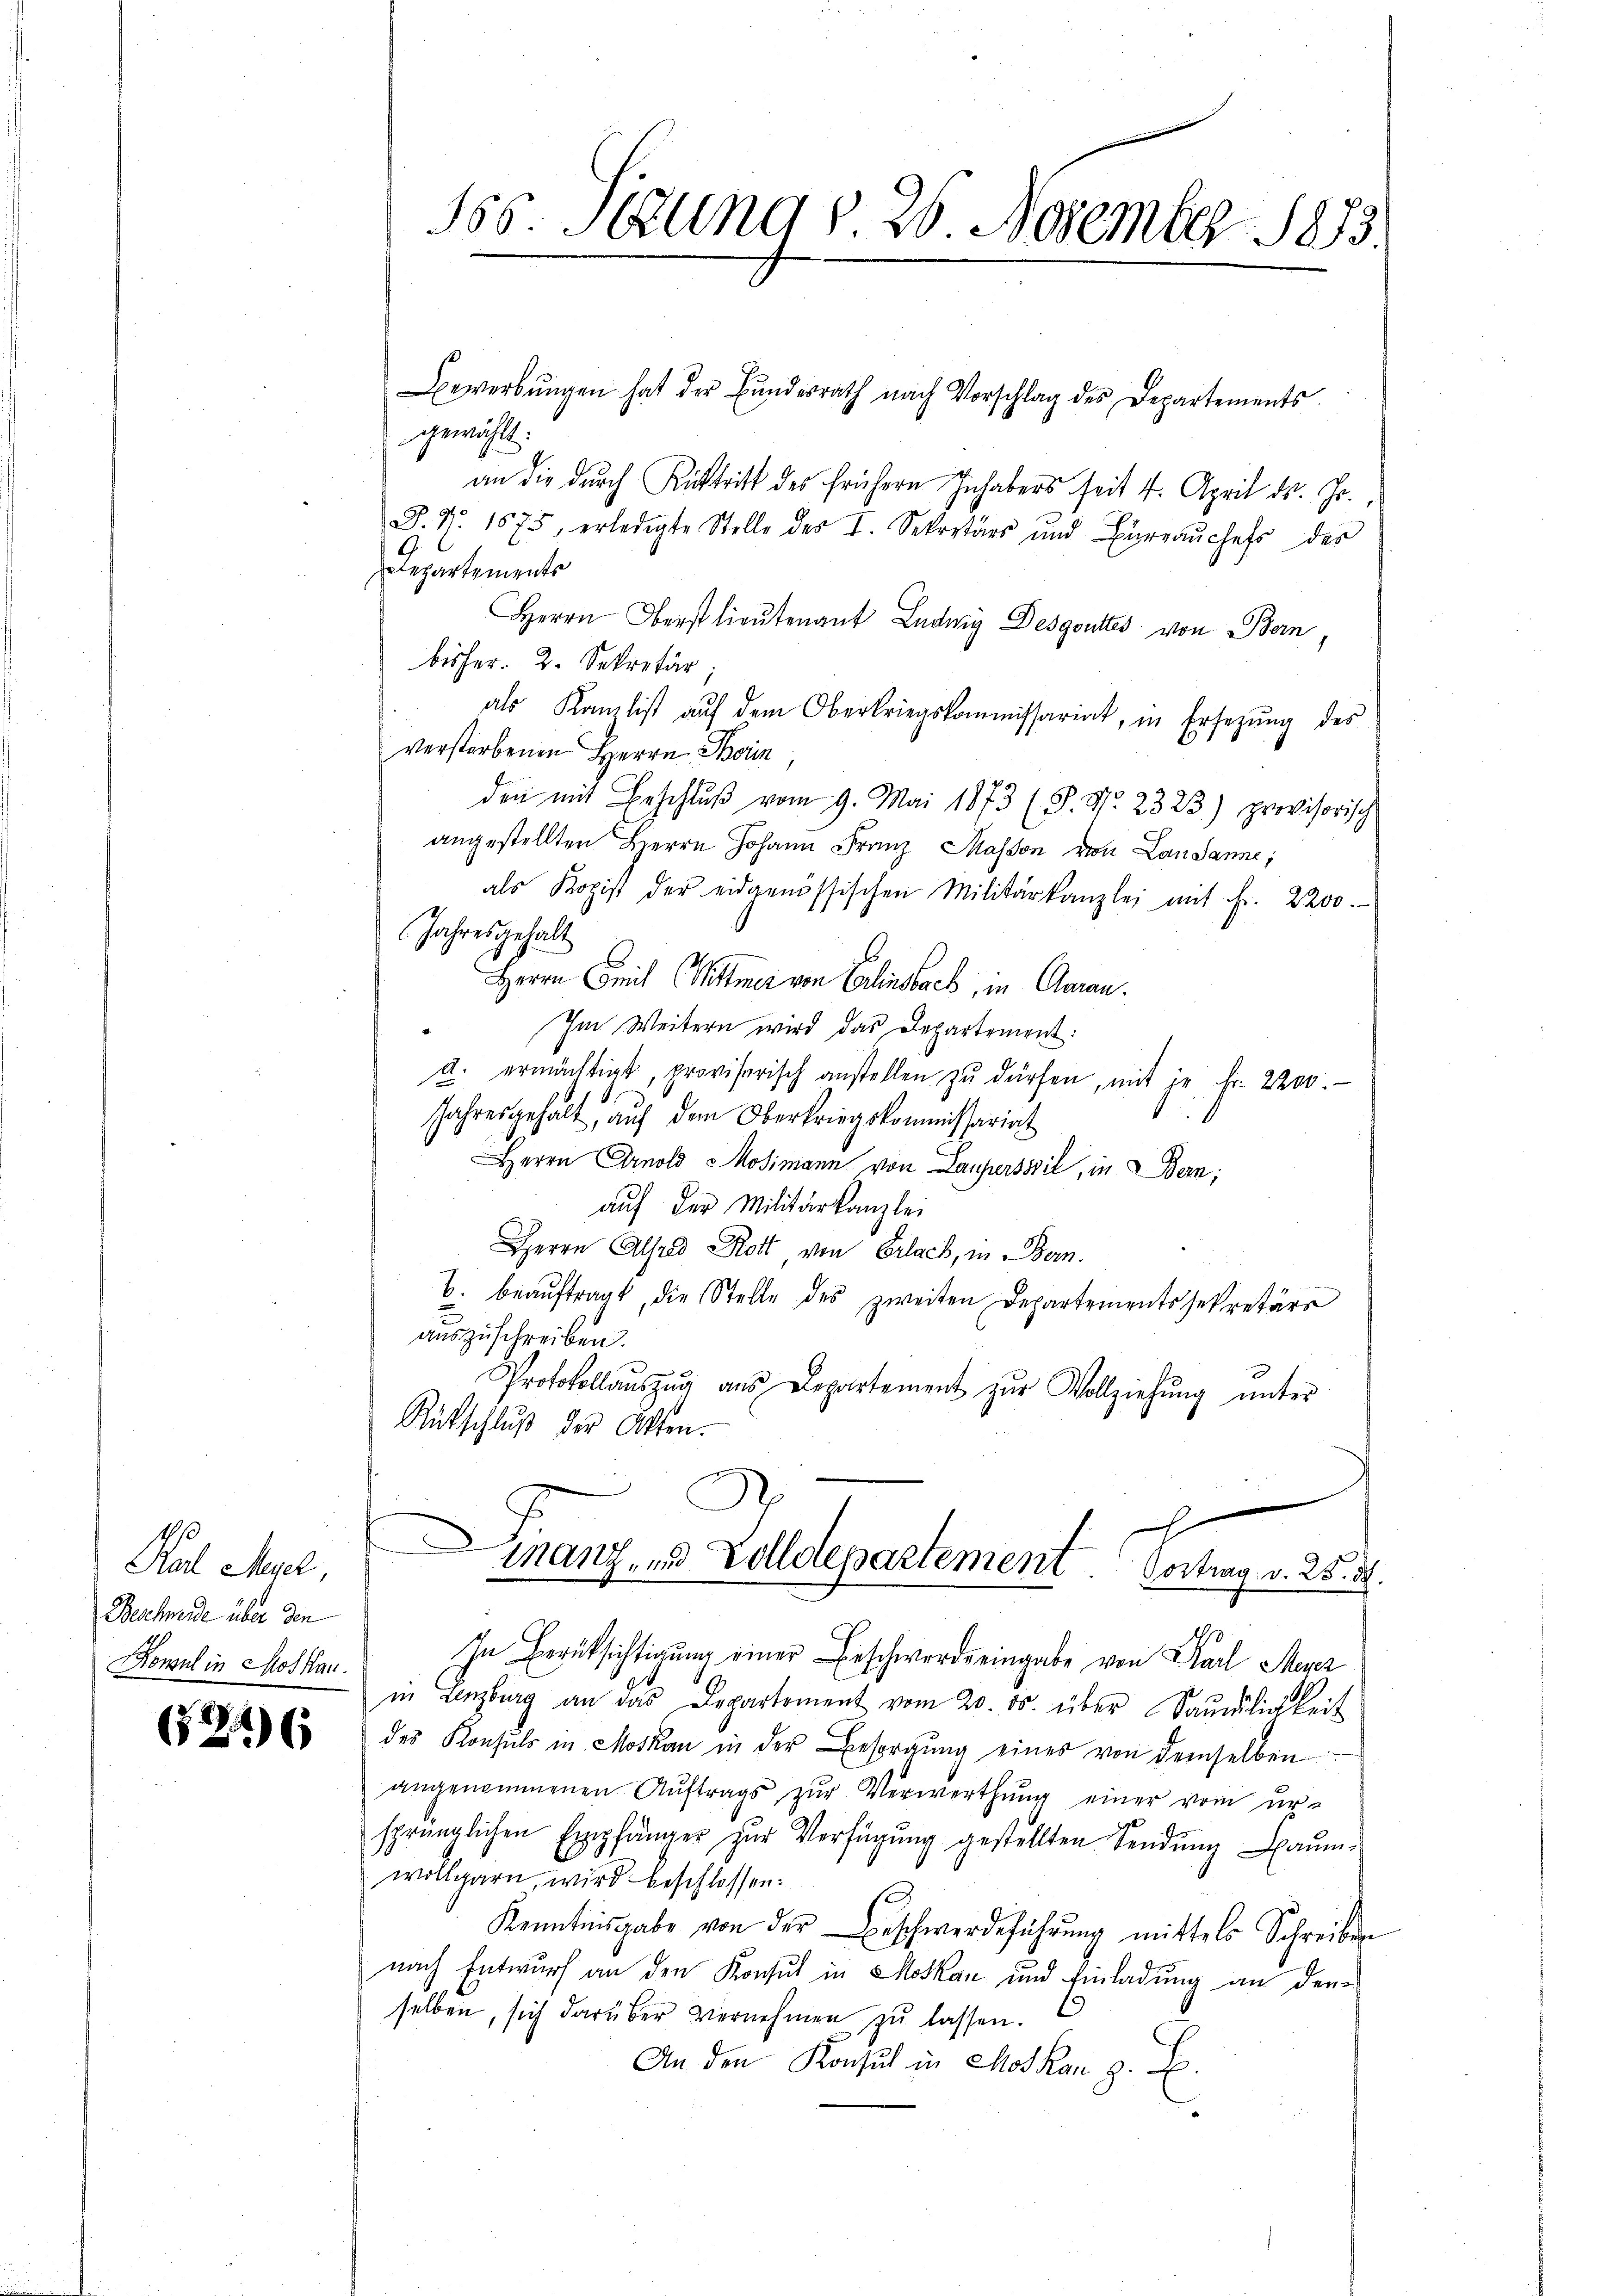
Karl Mal
Beschneide über den
Konsul in Moskau

624) (

Bewerbŭngen hat der Bŭndesrath nach Vorschlag des Departements
gewählt.
an die durch Rücktritt des frühern Inhabers seit 4. April ds. Jo
P. Nr. 1875, erledigte Stelle des I. Sekretärs und Büreaŭchefs des
Departements
Herrn Oberst lieutenant Ludwig Desgoutes von Bern
bisher. 2. Sekretär,
als Kanzlist aŭf dem Oberkriegskommissariat, in Ersetzŭng des
verstorbenen Herrn Beri
den mit Beschlŭβ vom 9. Mai 1873 (S. S. 2323) provisorisch
angestellten Herrn Johann Franz Masson von Lausanne;
als Kopist der eidgenössischen Militärkanzlei mit fr. 2200.
Jahresgehalt
Herrn Emil Wittmer von Erlinsbach, in Garan.
Im Weitern wird das Departement:
u. ermächtigt, provisorisch anstellen zŭ dürfen, mit je Fr. 2200.
Jahresgehalt, aŭf dem Oberkriegskommissariat
Herrn Arnold Mosimann von Laupersssil, in Bern;
auf der Militärkanzlei
Herrn Alser Rott von Erlach, in Bern.
b. beaŭftragt, die Stelle des zweiten Departementssekretärs
auszuschreiben.
Protokollaŭszŭg aŭs Departement zŭr Vollziehŭng ŭnter
Rückschluß der Akten.

555. Jung v. 26. November 1883.

x
nanz, und Volldepartement. Vortrag v. 25. d.

In Berücksichtigung einer Beschwerde eingabe von Karl Meyer
in Lenzburg an das Departement vom 20. ds. über Saŭligkeit
des Konsuls in Moskau in der Besorgŭng eines von demselben
angenommenen Aŭftrags zŭr Verwerthŭng einer vom ur-
sprünglichen Empfänger zŭr Verfügŭng gestellten Sendŭng Baŭm
wollgarn, wird beschlossen:
Kenntnisgabe von der Beschwerdeführung mittels Schreiben
nach Entwurf an den Konsul in Moskau und Einladung an denselben, sich darüber vernehmen zu lassen.
An den Konsul in Moskan z. B.